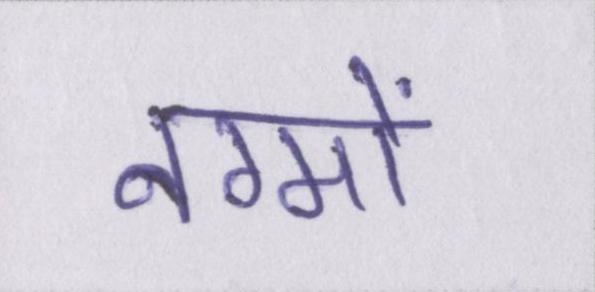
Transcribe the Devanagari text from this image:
नग्मों